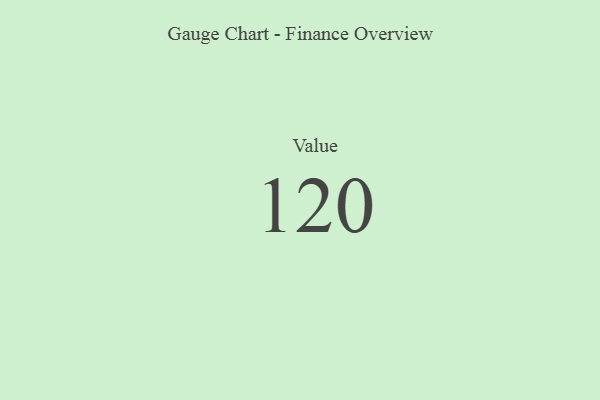
{"axis": {"x": "Metric", "y": "Value"}, "legend": [""], "data": [{"x": "Value", "y": 120, "type": ""}]}